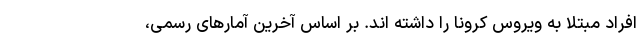
افراد مبتلا به ویروس کرونا را داشته اند. بر اساس آخرین آمارهای رسمی،